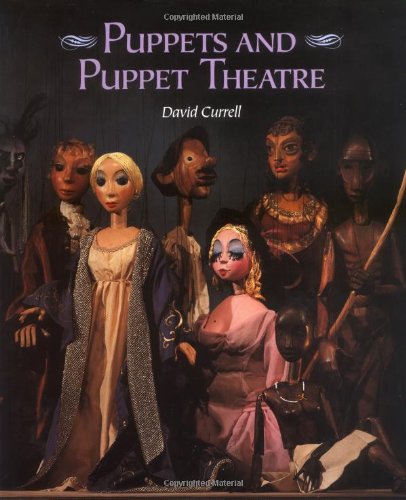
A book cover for Puppets and Puppet Theatre; David Currell; Crafts, Hobbies & Home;